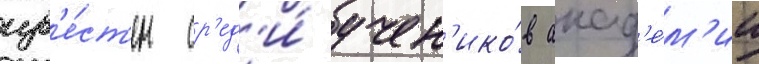
изв'е́ст'ен ср'ед'и́ учен'ико́в акад'е́м'ии